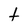
Character: t